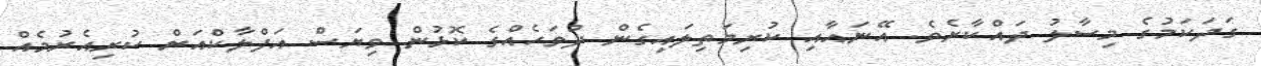
ގަދަކަމުގެ މިސާލު ދައްކާށެވެ. އޭނައާއި ކުރިމަތިލައިގެން ދުވަހެއްގެ ކޮޅުން ވިޔަސް އަފްލާކްއަށް ކުރިއެރުމެއް